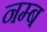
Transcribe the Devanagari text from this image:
नम्ब